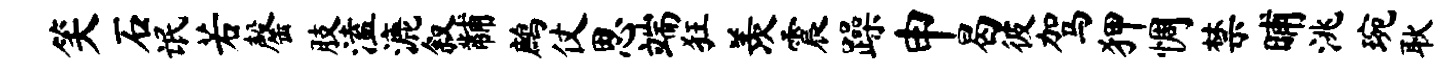
笑石氓若罄肢溘漉叙黼鹧仗思端狂羡震躁申曷彼驾狎惆禁晡洮琬耿